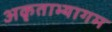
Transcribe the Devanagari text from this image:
अकृताभ्यागम